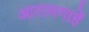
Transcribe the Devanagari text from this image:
आरामगाहें